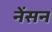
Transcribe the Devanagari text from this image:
नेंसन